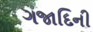
ગજાદિની